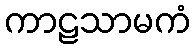
ကာဠသာမကံ